画像に写った文字を読んでください
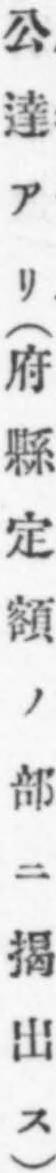
「公達アリ(府縣定額ノ部ニ揭出ス)」と書いてあります